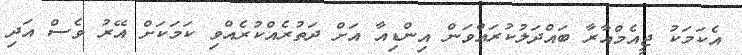
އެކަމަކު ޖީއެމްއާރާ ބައްދަލުކުރައްވަން އިންޑިއާ އަށް ދަތުރެއްކުރެއްވި ކަމަކަށް އޭރު ވެސް އަދި